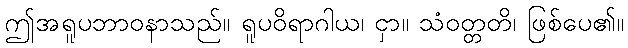
ဤအရူပဘာဝနာသည်။ ရူပဝိရာဂါယ၊ ငှာ။ သံဝတ္တတိ၊ ဖြစ်ပေ၏။